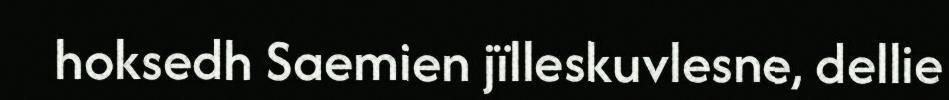
hoksedh Saemien jïlleskuvlesne, dellie